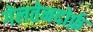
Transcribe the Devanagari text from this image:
गेलतेनदोर्फ़